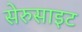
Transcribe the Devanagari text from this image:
सेरुसाइट